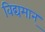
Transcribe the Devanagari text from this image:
विद्यमान्